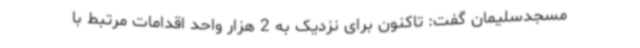
مسجدسلیمان گفت: تاکنون برای نزدیک به 2 هزار واحد اقدامات مرتبط با